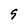
Character: 9